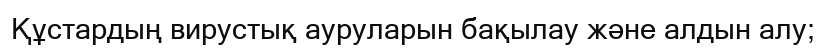
Құстардың вирустық ауруларын бақылау және алдын алу;